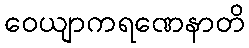
ဝေယျာကရဏေနာတိ